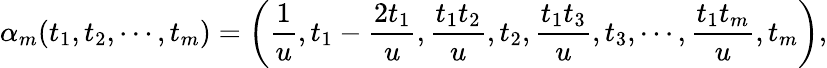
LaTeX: \alpha_{m}(t_{1},t_{2},\cdots,t_{m})=\left({\frac{1}{u}},t_{1}-{\frac{2t_{1}}{u}},{\frac{t_{1}t_{2}}{u}},t_{2},{\frac{t_{1}t_{3}}{u}},t_{3},\cdots,{\frac{t_{1}t_{m}}{u}},t_{m}\right),